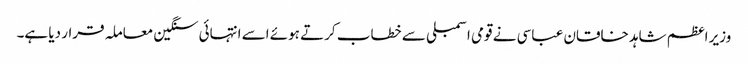
وزیر اعظم شاہد خاقان عباسی نے قومی اسمبلی سے خطاب کرتے ہوئے اسے انتہائی سنگین معاملہ قرار دیا ہے۔